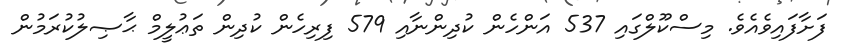
ފަށާފައިވެއެވެ. މިސްކޫލްގައި 537 އަންހެން ކުދިންނާއި 579 ފިރިހެން ކުދިން ތަޢުލީމް ޙާޞިލުކުރަމުން